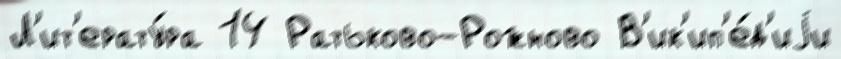
Л'ит'ерату́ра 14 Ратьково-Рожново В'ик'ип'е́д'иjи